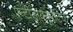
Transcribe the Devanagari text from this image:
एन्टीडाययूरेटिक